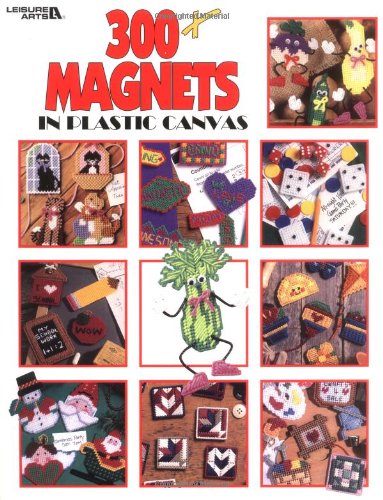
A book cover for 300+ Magnets In Plastic Canvas  (Leisure Arts #1807); Leisure Arts; Crafts, Hobbies & Home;